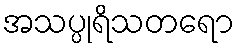
အသပ္ပုရိသတရော